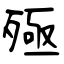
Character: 殛